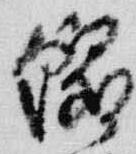
綴